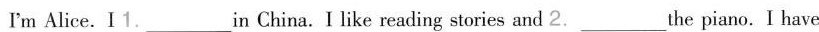
I'm Alice.I 1.___in China.I like reading stories and 2.___the piano. I have a